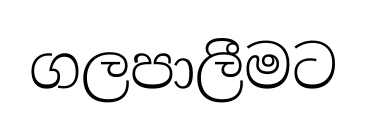
ගලපාලීමට